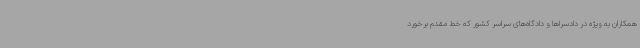
همکاران به ویژه در دادسراها و دادگاه‌های سراسر کشور که خط مقدم برخورد